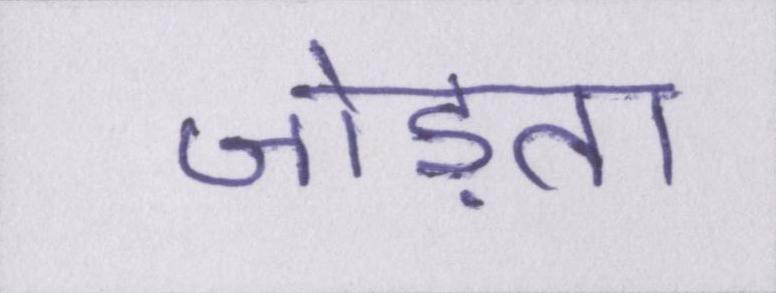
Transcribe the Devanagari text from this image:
जोड़ता